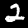
Digit: 2